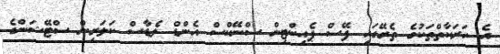
އެ ހަރަކާތްތަކުގެ ތެރޭގައި ފޭސް ޕެއިންޓިން ސްނޭކްސް އެންޑް ލެޑާސް ކަލަރިން ސްޓޭޝަންގެ